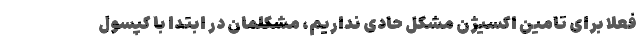
فعلا برای تامین اکسیژن مشکل حادی نداریم، مشکلمان در ابتدا با کپسول